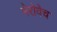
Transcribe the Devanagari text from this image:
मेरोवेच